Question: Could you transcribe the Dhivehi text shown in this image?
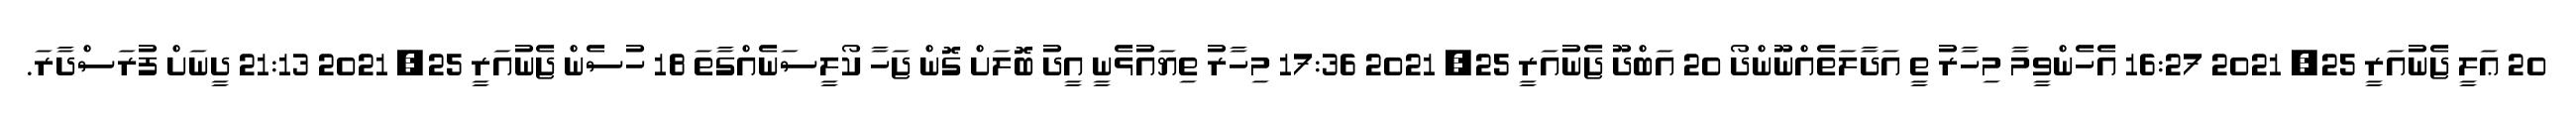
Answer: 20 ޢަލީ ޖެނުއަރީ 25, 2021 16:27 އެހެންވީމާ މިހާރު ތީ އަދާލަތެއްނޫންދޯ 20 އަބްދޫ ޖެނުއަރީ 25, 2021 17:36 މިހާރު ތިޔައުޅެނީ އީދު ބޮލަށް ގޮން ޖަހާ ކޯލީސަނެއްގާތަ 18 ހުސެން ޖެނުއަރީ 25, 2021 21:13 ދީނަށް ފުރަސްދާރަ.